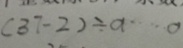
( 3 7 - 2 ) \div a \cdots 0